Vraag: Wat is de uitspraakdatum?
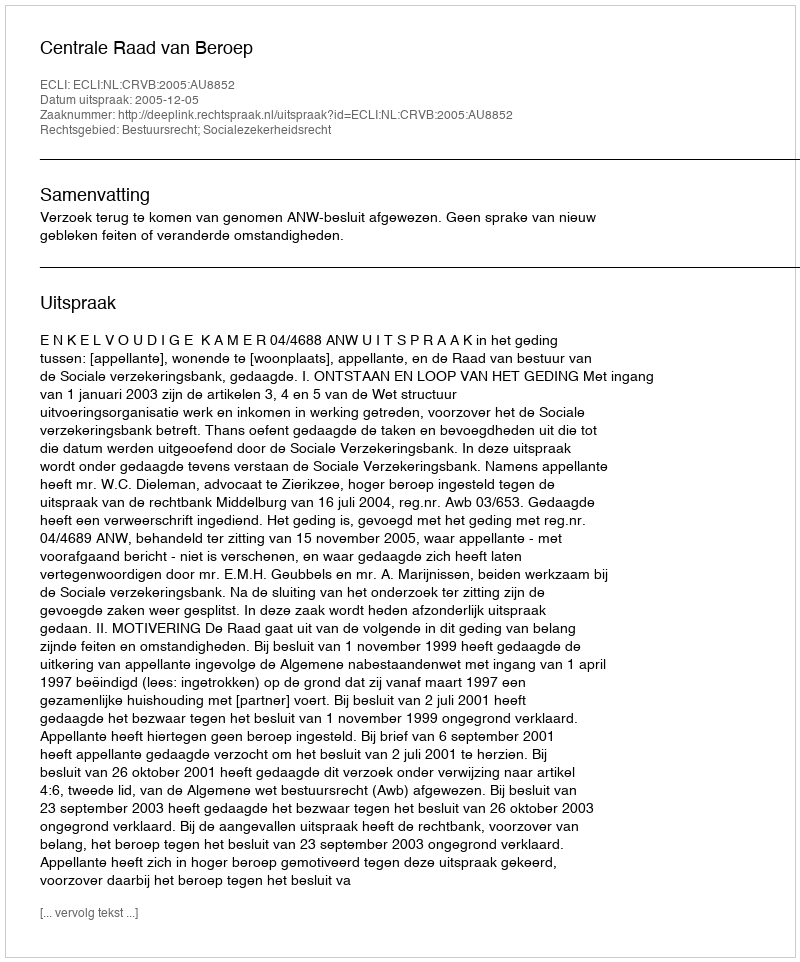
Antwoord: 2005-12-05